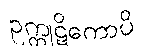
ဥက္ကုဋိကောပိ